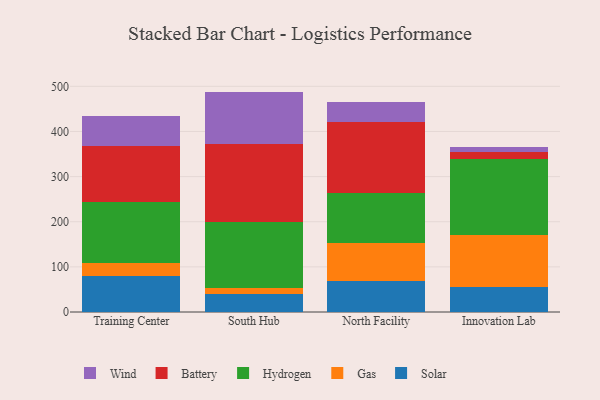
{"axis": {"x": "Campus", "y": "Budget (USD K)"}, "legend": ["Battery", "Gas", "Hydrogen", "Solar", "Wind"], "data": [{"x": "Training Center", "y": 79.1, "type": "Solar"}, {"x": "Training Center", "y": 29.5, "type": "Gas"}, {"x": "Training Center", "y": 136.0, "type": "Hydrogen"}, {"x": "Training Center", "y": 123.5, "type": "Battery"}, {"x": "Training Center", "y": 65.3, "type": "Wind"}, {"x": "South Hub", "y": 39.1, "type": "Solar"}, {"x": "South Hub", "y": 13.2, "type": "Gas"}, {"x": "South Hub", "y": 147.9, "type": "Hydrogen"}, {"x": "South Hub", "y": 172.5, "type": "Battery"}, {"x": "South Hub", "y": 115.6, "type": "Wind"}, {"x": "North Facility", "y": 68.8, "type": "Solar"}, {"x": "North Facility", "y": 83.6, "type": "Gas"}, {"x": "North Facility", "y": 110.4, "type": "Hydrogen"}, {"x": "North Facility", "y": 158.2, "type": "Battery"}, {"x": "North Facility", "y": 44.2, "type": "Wind"}, {"x": "Innovation Lab", "y": 55.1, "type": "Solar"}, {"x": "Innovation Lab", "y": 115.8, "type": "Gas"}, {"x": "Innovation Lab", "y": 169.0, "type": "Hydrogen"}, {"x": "Innovation Lab", "y": 15.0, "type": "Battery"}, {"x": "Innovation Lab", "y": 10.5, "type": "Wind"}]}